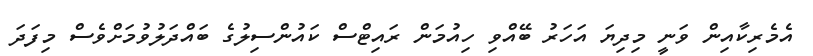
އެމެރިކާއިން ވަނީ މިދިޔަ އަހަރު ބޭއްވި ހިއުމަން ރައިޓްސް ކައުންސިލުގެ ބައްދަލުވުމަށްވެސް މިފަދަ